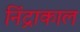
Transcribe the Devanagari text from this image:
निंद्राकाल